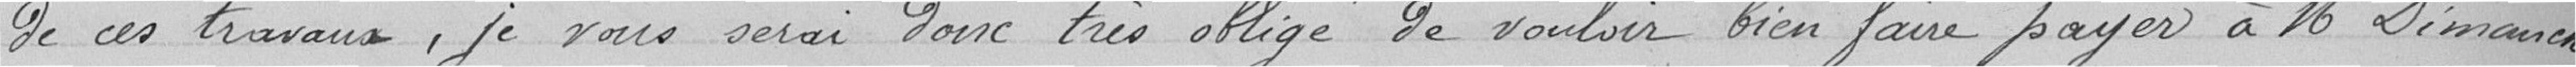
de ces travaux, je vous serais donc très obligé de vouloir bien faire payer à Monsieur Dimanche